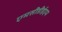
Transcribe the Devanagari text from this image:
एमसीडीईएम